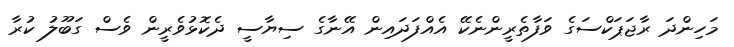
މަހިންދަ ރާޖަޕަކްސަގެ ވަފާތެރީންނެކޭ އެއްފަދައިން އޭނާގެ ސިޔާސީ ދެކޮޅުވެރީން ވެސް ގަބޫލު ކުރާ